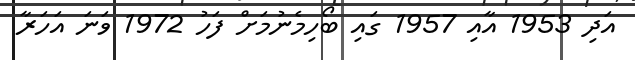
އަދި 1953 އާއި 1957 ގައި ބޯހިމެނުމަށް ފަހު 1972 ވަނަ އަހަރާ